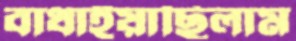
বাধাইয়াছিলাম